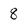
Character: 8